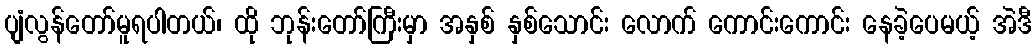
ပျံလွန်တော်မူရပါတယ်၊ ထို ဘုန်းတော်ကြီးမှာ အနှစ် နှစ်သောင်း လောက် ကောင်းကောင်း နေခဲ့ပေမယ့် အဲဒီ